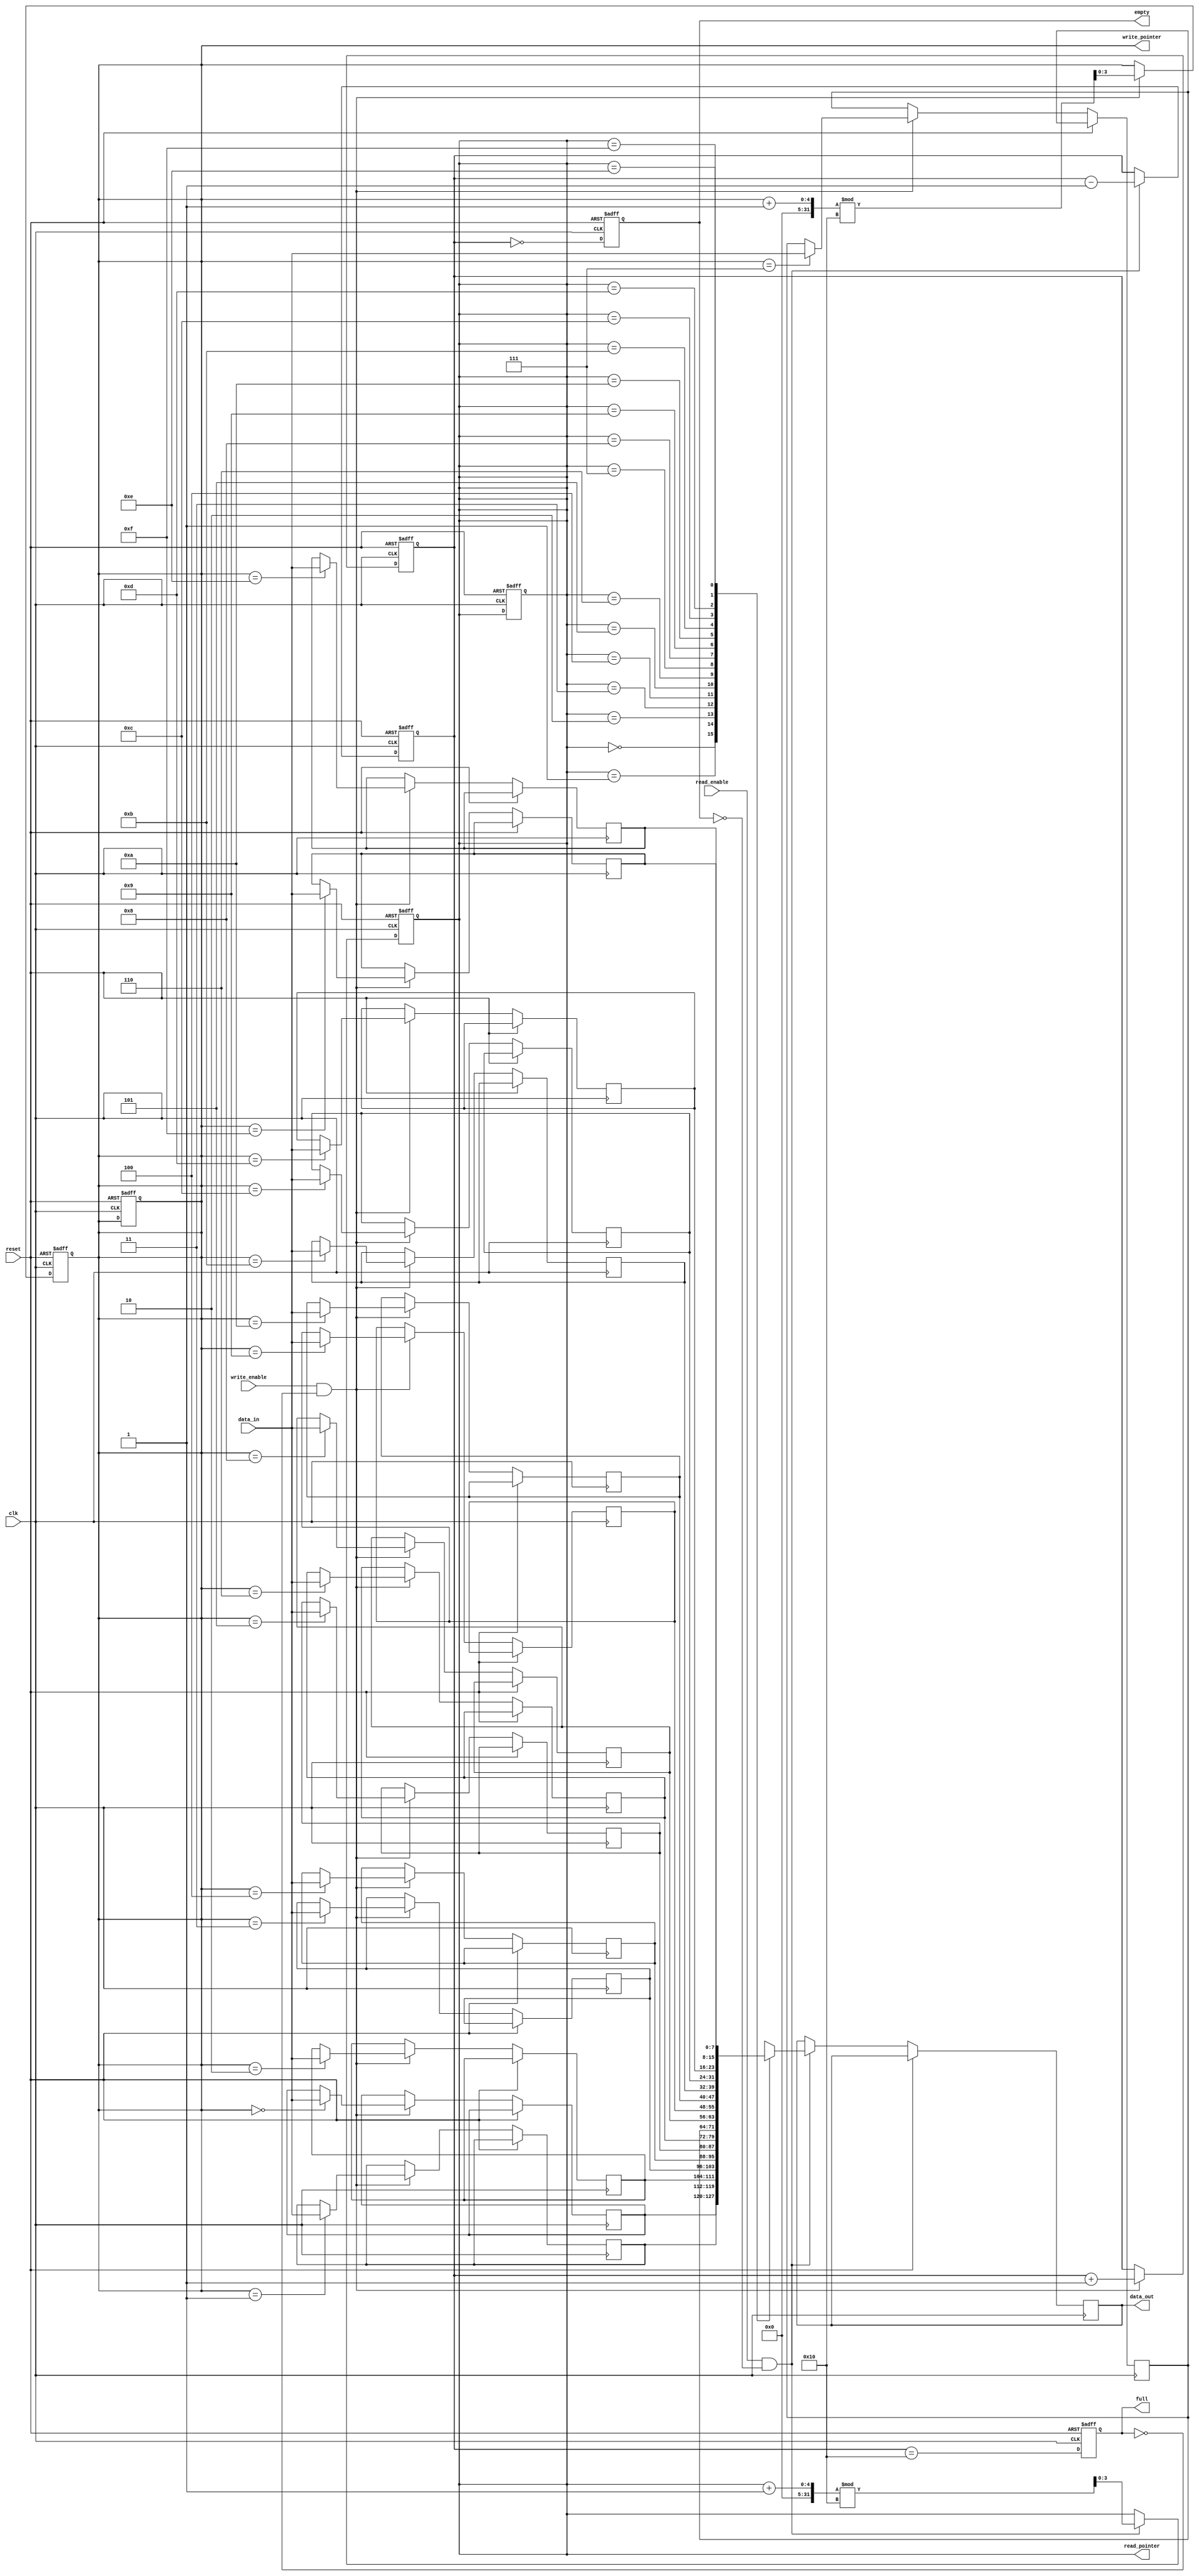
module parameterized_fifo #(
    parameter DATA_WIDTH = 8,        // Width of the data bus
    parameter FIFO_DEPTH = 16         // Depth of the FIFO
) (
    input wire clk,                   // Clock signal
    input wire reset,                 // Active-high reset
    input wire [DATA_WIDTH-1:0] data_in, // Input data
    input wire write_enable,          // Write enable signal
    input wire read_enable,           // Read enable signal
    output reg [DATA_WIDTH-1:0] data_out, // Output data
    output reg full,                  // FIFO full status
    output reg empty,                 // FIFO empty status
    output reg [$clog2(FIFO_DEPTH)-1:0] write_pointer, // Write pointer
    output reg [$clog2(FIFO_DEPTH)-1:0] read_pointer   // Read pointer
);

    // Internal memory array to hold FIFO entries
    reg [DATA_WIDTH-1:0] fifo_mem[FIFO_DEPTH-1:0];
    reg [$clog2(FIFO_DEPTH):0] item_count; // Counter for items in FIFO

    // Initialize FIFO
    initial begin
        write_pointer = 0;
        read_pointer = 0;
        item_count = 0;
        full = 0;
        empty = 1;
    end

    // Write operation
    always @(posedge clk or posedge reset) begin
        if (reset) begin
            write_pointer <= 0;
            read_pointer <= 0;
            item_count <= 0;
            full <= 0;
            empty <= 1;
        end else begin
            if (write_enable && !full) begin
                fifo_mem[write_pointer] <= data_in; // Write data to FIFO
                write_pointer <= (write_pointer + 1) % FIFO_DEPTH; // Circular increment
                item_count <= item_count + 1; // Increment item count
            end
            
            // Update full and empty flags
            full <= (item_count == FIFO_DEPTH);
            empty <= (item_count == 0);
        end
    end

    // Read operation
    always @(posedge clk or posedge reset) begin
        if (reset) begin
            write_pointer <= 0;
            read_pointer <= 0;
            item_count <= 0;
            full <= 0;
            empty <= 1;
        end else begin
            if (read_enable && !empty) begin
                data_out <= fifo_mem[read_pointer]; // Read data from FIFO
                read_pointer <= (read_pointer + 1) % FIFO_DEPTH; // Circular increment
                item_count <= item_count - 1; // Decrement item count
            end
            
            // Update full and empty flags
            full <= (item_count == FIFO_DEPTH);
            empty <= (item_count == 0);
        end
    end

endmodule